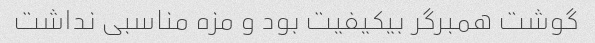
گوشت همبرگر بیکیفیت بود و مزه مناسبی نداشت